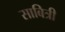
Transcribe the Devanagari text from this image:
साबित्री